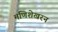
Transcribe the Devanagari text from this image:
मणिशेखरन